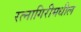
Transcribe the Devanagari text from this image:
रत्नागिरीमधील